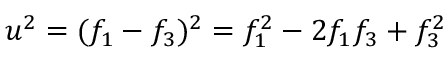
u ^ { 2 } = ( f _ { 1 } - f _ { 3 } ) ^ { 2 } = f _ { 1 } ^ { 2 } - 2 f _ { 1 } f _ { 3 } + f _ { 3 } ^ { 2 }